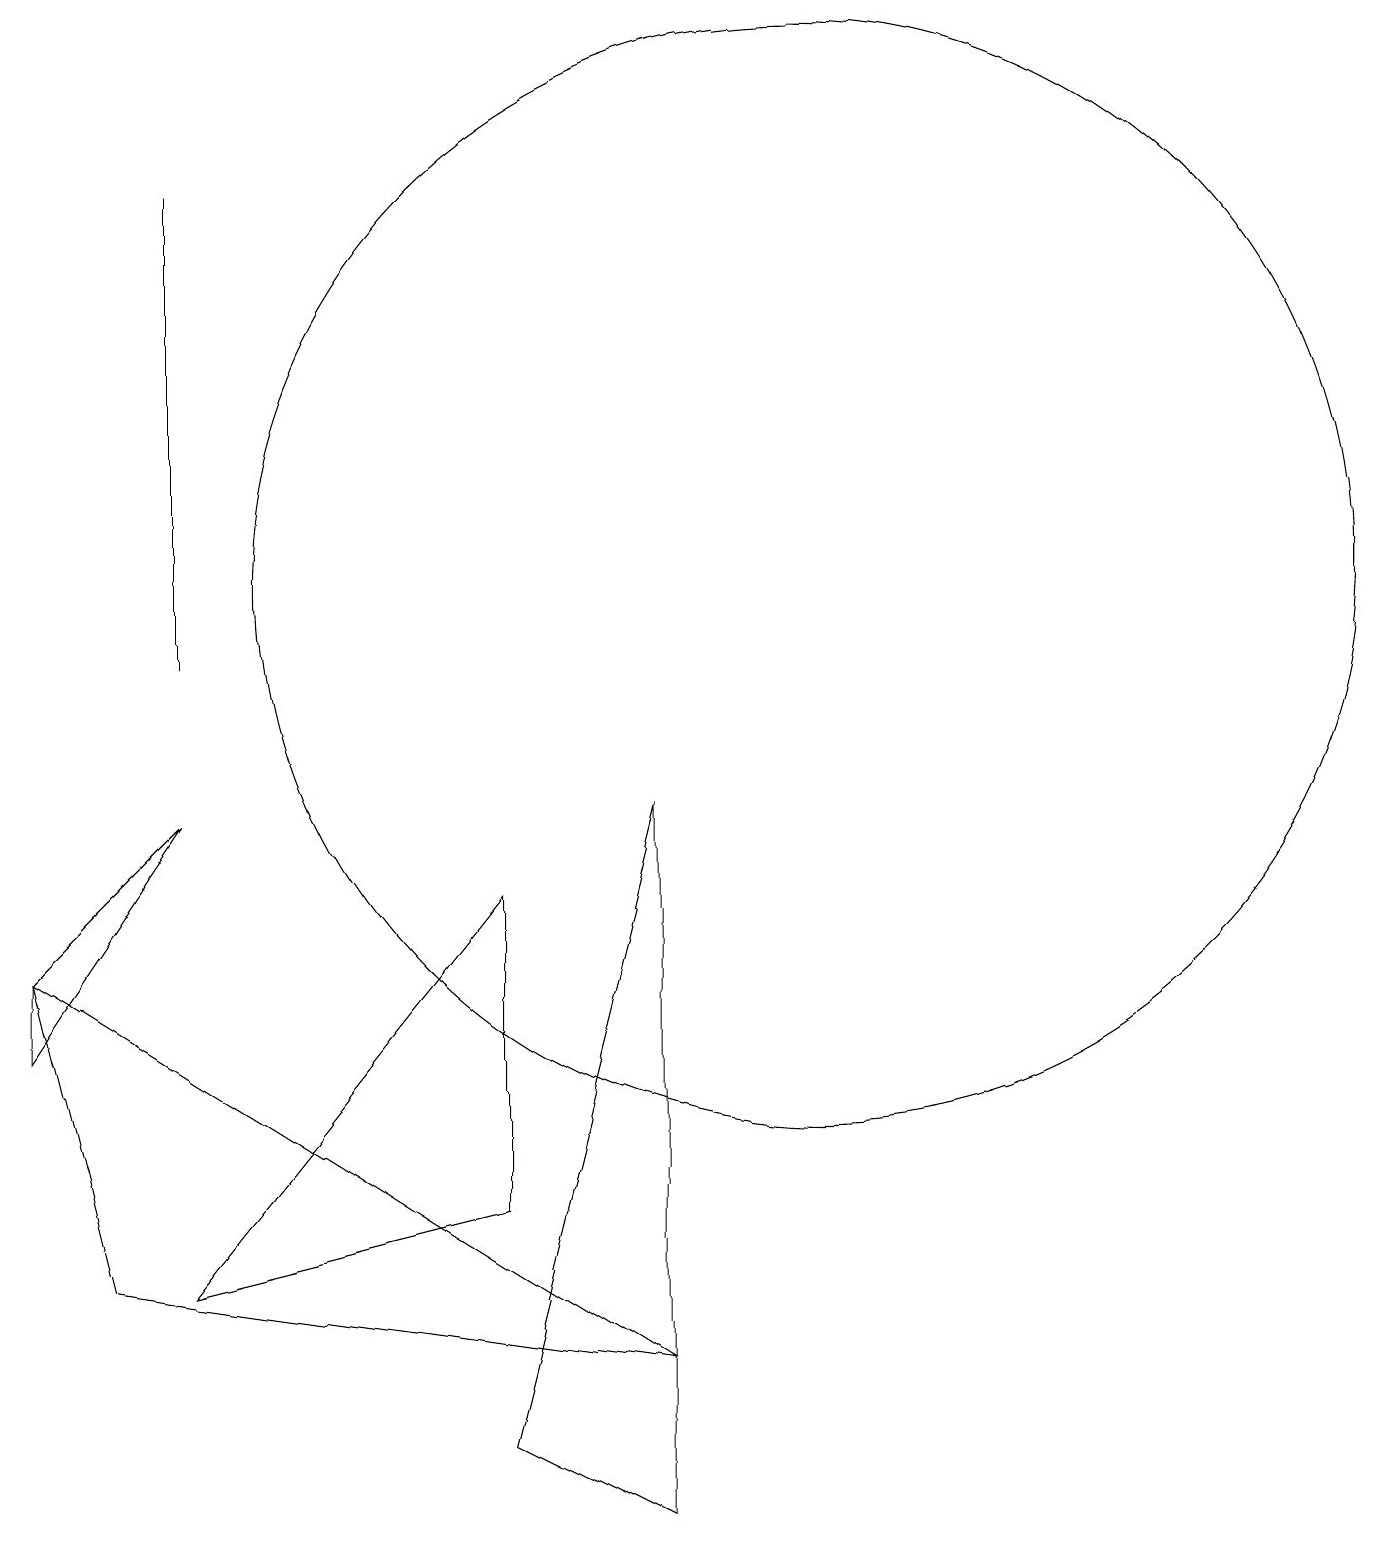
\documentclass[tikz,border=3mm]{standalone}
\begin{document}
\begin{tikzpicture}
\draw (11,12) circle (7);
\draw (3,9) -- (1,6) -- (1,7) -- cycle;
\draw (3,11) rectangle (3,17);
\draw (7,1) -- (9,0) -- (9,9) -- cycle;
\draw (9,2) -- (1,7) -- (2,3) -- cycle;
\draw (7,4) -- (3,3) -- (7,8) -- cycle;
\draw (11,10) circle (0);
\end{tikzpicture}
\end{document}